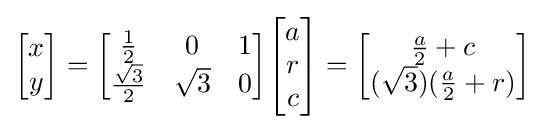
{\begin{bmatrix}x\\y\end{bmatrix}}={\begin{bmatrix}{\frac {1}{2}}&0&1\\{\frac {\sqrt {3}}{2}}&{\sqrt {3}}&0\end{bmatrix}}{\begin{bmatrix}a\\r\\c\end{bmatrix}}={\begin{bmatrix}{\frac {a}{2}}+c\\({\sqrt {3}})({\frac {a}{2}}+r)\end{bmatrix}}